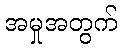
အမှုအတွက်